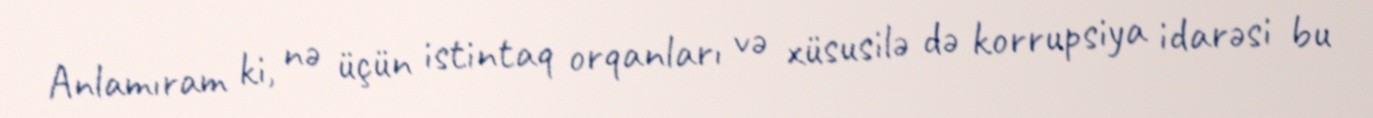
Anlamıram ki, nə üçün istintaq orqanları və xüsusilə də korrupsiya idarəsi bu